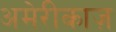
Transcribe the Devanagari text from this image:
अमेरीकाज़